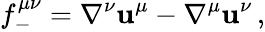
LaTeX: f_{-}^{\mu\nu}=\nabla^{\nu}\mathbf{u}^{\mu}-\nabla^{\mu}\mathbf{u}^{\nu}\, ,